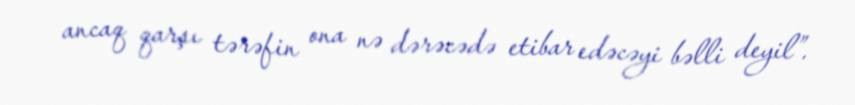
ancaq qarşı tərəfin ona nə dərəcədə etibar edəcəyi bəlli deyil”.